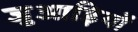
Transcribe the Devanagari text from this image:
जुआड़ियों